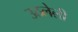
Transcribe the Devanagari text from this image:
उठलेली